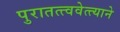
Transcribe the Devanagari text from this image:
पुरातत्त्ववेत्त्याने